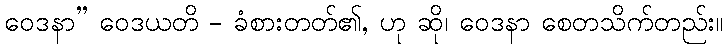
ဝေဒနာ” ဝေဒယတိ - ခံစားတတ်၏, ဟု ဆို၊ ဝေဒနာ စေတသိက်တည်း။